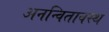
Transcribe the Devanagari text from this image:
अनन्वितावस्थ